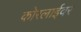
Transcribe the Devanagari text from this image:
कोरलाईवर